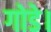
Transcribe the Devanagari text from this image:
गोडे।